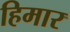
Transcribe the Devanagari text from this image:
हिमार